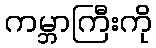
ကမ္ဘာကြီးကို